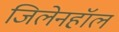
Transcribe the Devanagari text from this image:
जिलेनहॉल